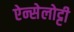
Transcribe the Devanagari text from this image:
ऐन्सेलोट्टी